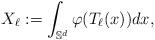
LaTeX: \begin{align*}X_\ell := \int_{\mathbb S^d} \varphi(T_\ell(x)) dx,\end{align*}